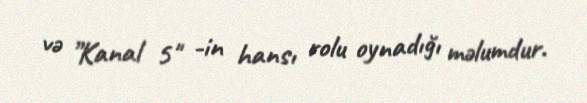
və ”Kanal 5" -in hansı rolu oynadığı məlumdur.